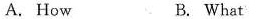
A. How B. What